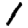
Digit: 1